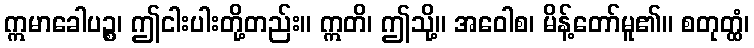
ဣမာခေါပဉ္စ၊ ဤငါးပါးတို့တည်း။ ဣတိ၊ ဤသို့။ အဝေါစ၊ မိန့်တော်မူ၏။ စတုတ္ထံ၊